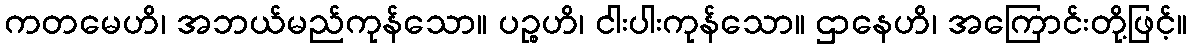
ကတမေဟိ၊ အဘယ်မည်ကုန်သော။ ပဉ္စဟိ၊ ငါးပါးကုန်သော။ ဌာနေဟိ၊ အကြောင်းတို့ဖြင့်။